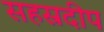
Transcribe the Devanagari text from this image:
सहस्रदीप